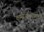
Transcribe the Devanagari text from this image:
कमीआढळणारा